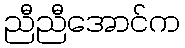
ညီညီအောင်က